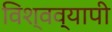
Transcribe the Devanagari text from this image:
विश्वव्‍यापी